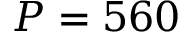
P = 5 6 0